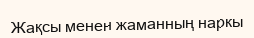
Жақсы менен жаманның наркы